Indian journal of veterinary science and animal husbandry - Volume 8,
Year: 1938
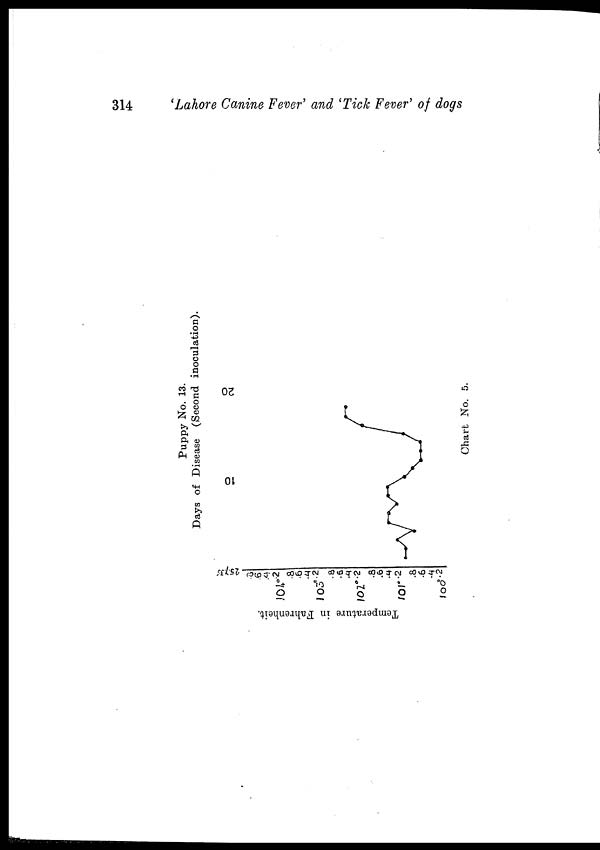
314
'Lahore Canine Fever' and 'Tick Fever' of dogs
Puppy No. 13.
Days of Disease (Second inoculation).
Chart No. 5.
Temperature in Fahrenheit.